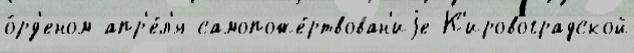
о́рд'еном апр'е́л'я самопоже́ртвован'иjе К'ировоградской